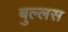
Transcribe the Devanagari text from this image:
बुल्लस